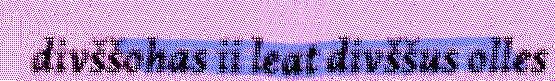
divššohas ii leat divššus olles